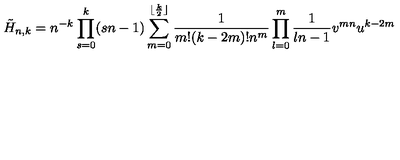
\tilde { H } _ { n , k } = n ^ { - k } \prod _ { s = 0 } ^ { k } ( s n - 1 ) \sum _ { m = 0 } ^ { \lfloor \frac { k } { 2 } \rfloor } \frac { 1 } { m ! ( k - 2 m ) ! n ^ { m } } \prod _ { l = 0 } ^ { m } { \frac { 1 } { l n - 1 } } v ^ { m n } u ^ { k - 2 m }